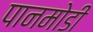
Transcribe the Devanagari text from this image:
पानमोडी